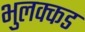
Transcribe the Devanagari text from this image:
भुलक्कड